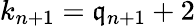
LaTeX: k_{n+1}=\mathfrak{q}_{n+1}+2